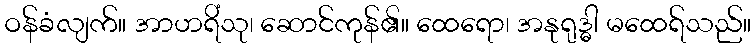
ဝန်ခံလျက်။ အာဟရိံသု၊ ဆောင်ကုန်၏။ ထေရော၊ အနုရုဒ္ဓါ မထေရ်သည်။